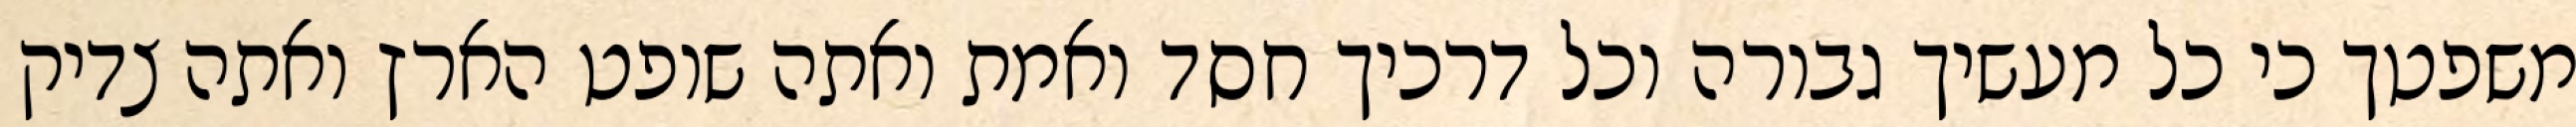
משפטך כי כל מעשיך גבורה וכל דרכיך חסד ואמת ואתה שופט הארץ ואתה צדיק